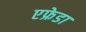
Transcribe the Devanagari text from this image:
एफ्रेडा